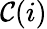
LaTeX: \mathcal{C}(i)